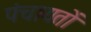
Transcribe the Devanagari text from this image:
पंचायताें